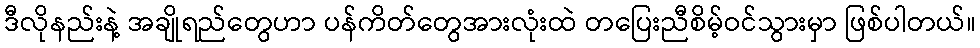
ဒီလိုနည်းနဲ့ အချိုရည်တွေဟာ ပန်ကိတ်တွေအားလုံးထဲ တပြေးညီစိမ့်ဝင်သွားမှာ ဖြစ်ပါတယ်။